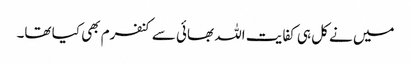
میں نے کل ہی کفایت اللہ بھائی سے کنفرم بھی کیا تھا۔